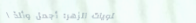
حلويات الزهر: أجمل وألذ ا